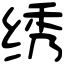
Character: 绣